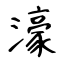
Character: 濠